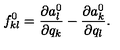
f _ { k l } ^ { 0 } = { \frac { \partial a _ { l } ^ { 0 } } { \partial q _ { k } } } - { \frac { \partial a _ { k } ^ { 0 } } { \partial q _ { l } } } .